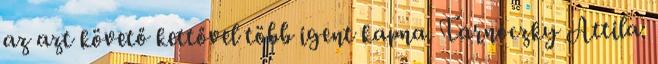
az azt követő kettővel több igent kapna. Tarnóczky Attila: